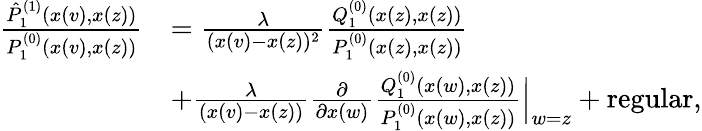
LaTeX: \begin{array}{rl}{\frac{\hat{P}_{1}^{(1)}(x(v),x(z))}{P_{1}^{(0)}(x(v),x(z))}}&{=\frac{\lambda}{(x(v)-x(z))^{2}}\frac{Q_{1}^{(0)}(x(z),x(z))}{P_{1}^{(0)}(x(z),x(z))}}\\ &{+\frac{\lambda}{(x(v)-x(z))}\frac{\partial}{\partial x(w)}\frac{Q_{1}^{(0)}(x(w),x(z))}{P_{1}^{(0)}(x(w),x(z))}\Big|_{w=z}+\mathrm{regular},}\end{array}